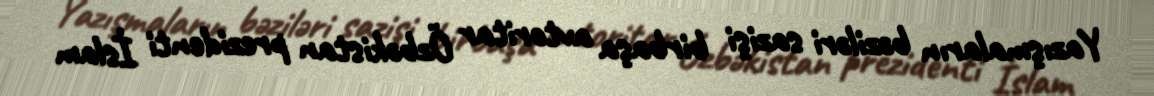
Yazışmaların bəziləri sazişi birbaşa avtoritar Özbəkistan prezidenti İslam